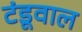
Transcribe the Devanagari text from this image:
टंडूवाल